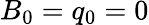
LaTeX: B_{0}=q_{0}=0